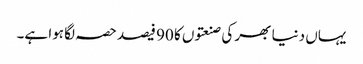
یہاں دنیا بھر کی صنعتوں کا 90 فیصد حصہ لگا ہوا ہے۔